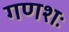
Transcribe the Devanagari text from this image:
गणशः